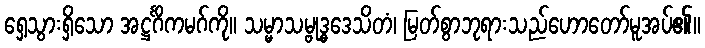
ရှေ့သွားရှိသော အဋ္ဌင်္ဂိကမဂ်ကို။ သမ္မာသမ္ဗုဒ္ဓဒေသိတံ၊ မြတ်စွာဘုရားသည်ဟောတော်မူအပ်၏။